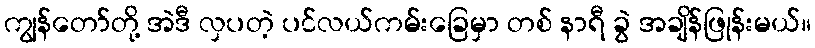
ကျွန်တော်တို့ အဲဒီ လှပတဲ့ ပင်လယ်ကမ်းခြေမှာ တစ် နာရီ ခွဲ အချိန်ဖြုန်းမယ်။